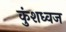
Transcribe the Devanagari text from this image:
कुंशध्वज